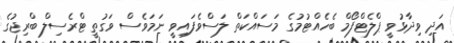
އަދި ވިދާޅުވީ ޕްލެޓްފޯމް ބެހެއްޓުމުގެ މަސައްކަތް ލަސްވެފައިވީ ނަމަވެސް ވަގުތީ ޓްރެސިލް ބްރިޖުގެ